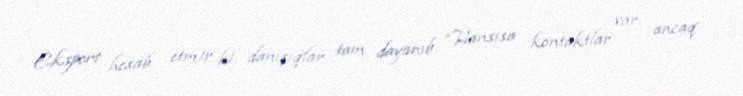
Ekspert hesab etmir ki, danışıqlar tam dayanıb: “Hansısa kontaktlar var, ancaq